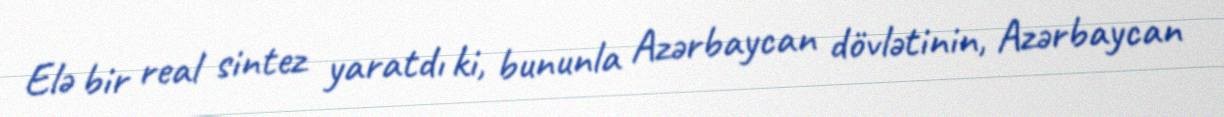
Elə bir real sintez yaratdı ki, bununla Azərbaycan dövlətinin, Azərbaycan